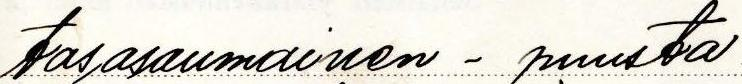
tasasaumainen - puusta